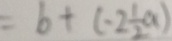
= b + ( - 2 \frac { 1 } { 2 } a )